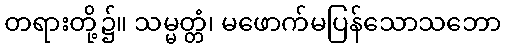
တရားတို့၌။ သမ္မတ္တံ၊ မဖောက်မပြန်သောသဘော